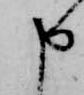
申